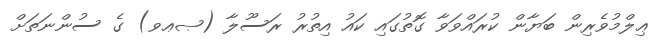
ޢިލްމުވެރިން ބަޔާން ކުރައްވަވާ ގޮތުގައި ކައު އިތުރު ރަސޫލާ (ޞޢވ) ގެ ސުންނަތަށް